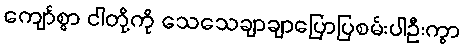
ကျော်စွာ ငါတို့ကို သေသေချာချာပြောပြစမ်းပါဦးကွာ